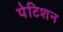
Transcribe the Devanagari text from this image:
पेटिशन